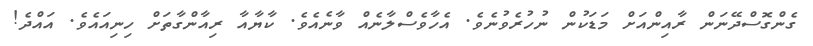
ގެންގޮސްދޭނަން ރާއިންއަށް މަޑަކުން ނުހުރެވުނެވެ. އެހާވެސްލާނެއް ވާނެއެވެ. ކާޔާއާ ރިއާންގާތަށް ހިނިއައެވެ. އައްދެ!